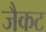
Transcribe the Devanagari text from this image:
जैकट